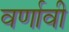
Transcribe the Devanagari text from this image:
वर्णावी